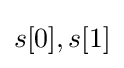
s[0],s[1]